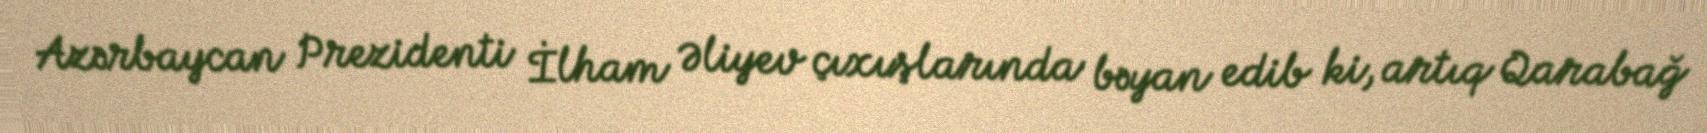
Azərbaycan Prezidenti İlham Əliyev çıxışlarında bəyan edib ki, artıq Qarabağ